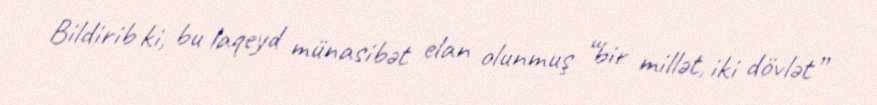
Bildirib ki, bu laqeyd münasibət elan olunmuş “bir millət, iki dövlət”